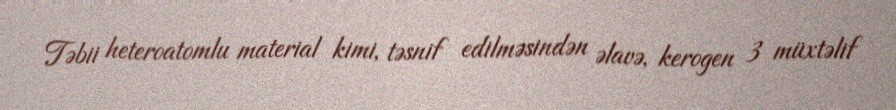
Təbii heteroatomlu material kimi, təsnif edilməsindən əlavə, kerogen 3 müxtəlif